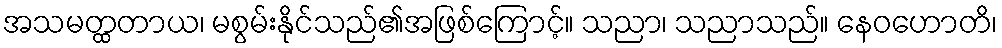
အသမတ္ထတာယ၊ မစွမ်းနိုင်သည်၏အဖြစ်ကြောင့်။ သညာ၊ သညာသည်။ နေဝဟောတိ၊